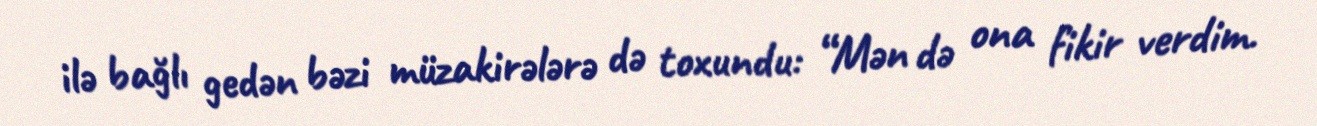
ilə bağlı gedən bəzi müzakirələrə də toxundu: “Mən də ona fikir verdim.